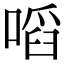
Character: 㗖